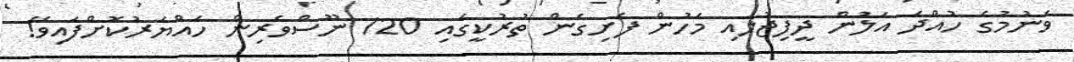
ވަނުމުގެ ހުއްދަ އަލުން ދީފިޖުލައި މަހުން ފެށިގެން ތުރުކީގައި 120 ނޫސްވެރިން ހައްޔަރުކޮށްފައިވޭ!